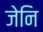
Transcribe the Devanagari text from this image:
जेनि